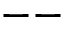
--